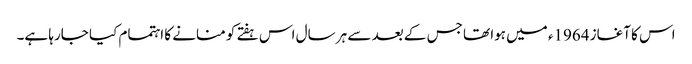
اس کا آغاز 1964ء میں ہوا تھا جس کے بعد سے ہر سال اس ہفتے کو منانے کا اہتمام کیا جارہا ہے۔